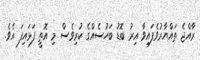
ރާއްޖެ ތައްޔާރުވެފައިވާ އިރު ބޮޑު ބަހުސެއްގެ ކުރިވެސް މި އޮތީ ފަޅައިފަ އެވެ.